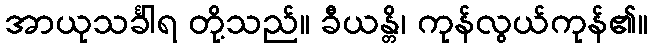
အာယုသင်္ခါရ တို့သည်။ ခီယန္တိ၊ ကုန်လွယ်ကုန်၏။